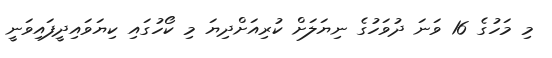
މި މަހުގެ 16 ވަނަ ދުވަހުގެ ނިޔަލަށް ކުރިއަށްދިޔަ މި ކޯހުގައި ކިޔަވައިދީފައިވަނީ